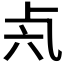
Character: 𠧝